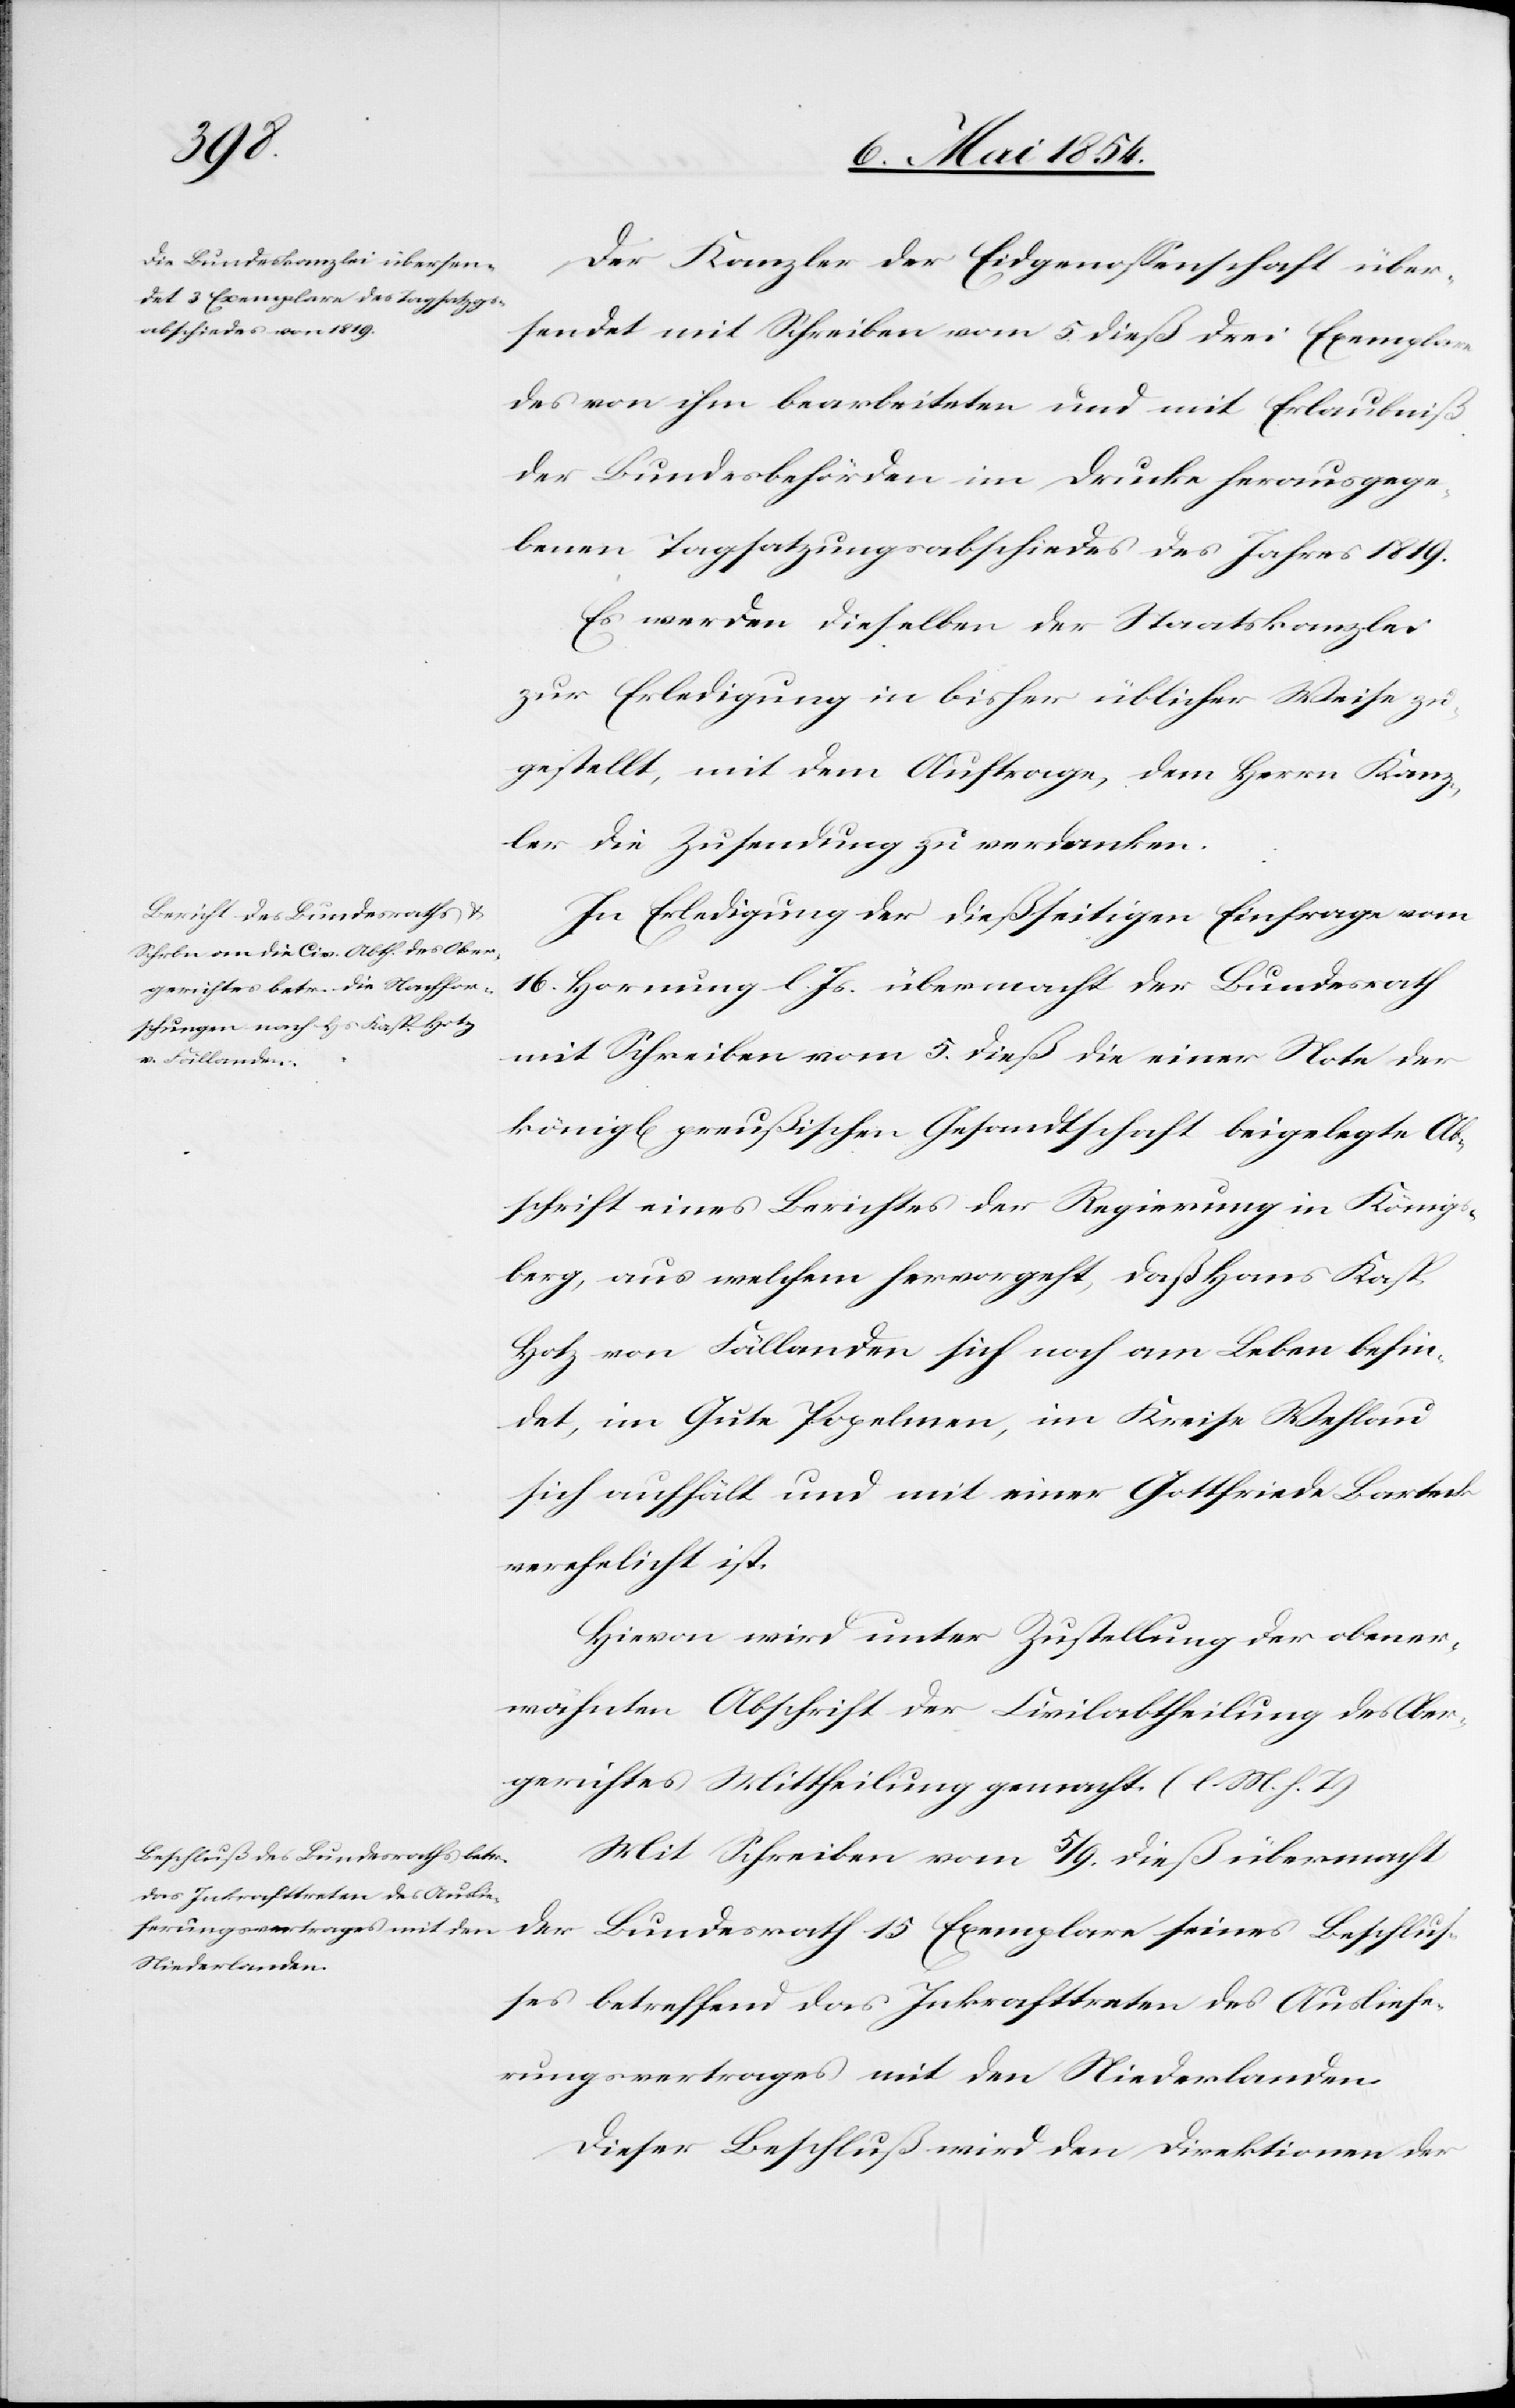
den
ferungsvertrages mit den
Niederlanden.

11. Mai 1854.]
Der Kanzler der Eidgenoßenschaft über¬
sendet mit Schreiben vom 5. dieß drei Exemplare
des von ihm bearbeiteten und mit Erlaubniß
der Bundesbehörden im Drucke herausgege¬
benen Tagsatzungsabschiedes des Jahres 1819.
Es werden dieselben der Staatskanzlei
zur Erledigung in bisher üblicher Weise zu¬
gestellt, mit dem Auftrage, dem Herrn Kanz¬
ler die Zusendung zu verdanken.
In Erledigung der dießseitigen Einfrage vom
16. Hornung l. Js. übermacht der Bundesrath
mit Schreiben vom 5. dieß die einer Note der
königl. preußischen Gesandtschaft beigelegte Ab¬
schrift eines Berichtes der Regierung in Königs¬
berg, aus welchem hervorgeht, daß Hans Kasp.
Hotz von Fällanden sich noch am Leben befin¬
de, im Gute Popelmen, im Kreise Wehlau
sich aufhält und mit einer Gottfriede Barteck
verehelicht ist.
Hievon wird unter Zustellung der obener¬
wähnten Abschrift der Civilabtheilung des Ober¬
gerichtes Mittheilung gemacht. (l. M. h. T.)
Mit Schreiben vom 5/9. dieß übermacht
der Bundesrath 15 Exemplare seines Beschluß¬
es betreffend das Inkrafttreten des Auslie¬
Dieser Beschluß wird den Direktionen der